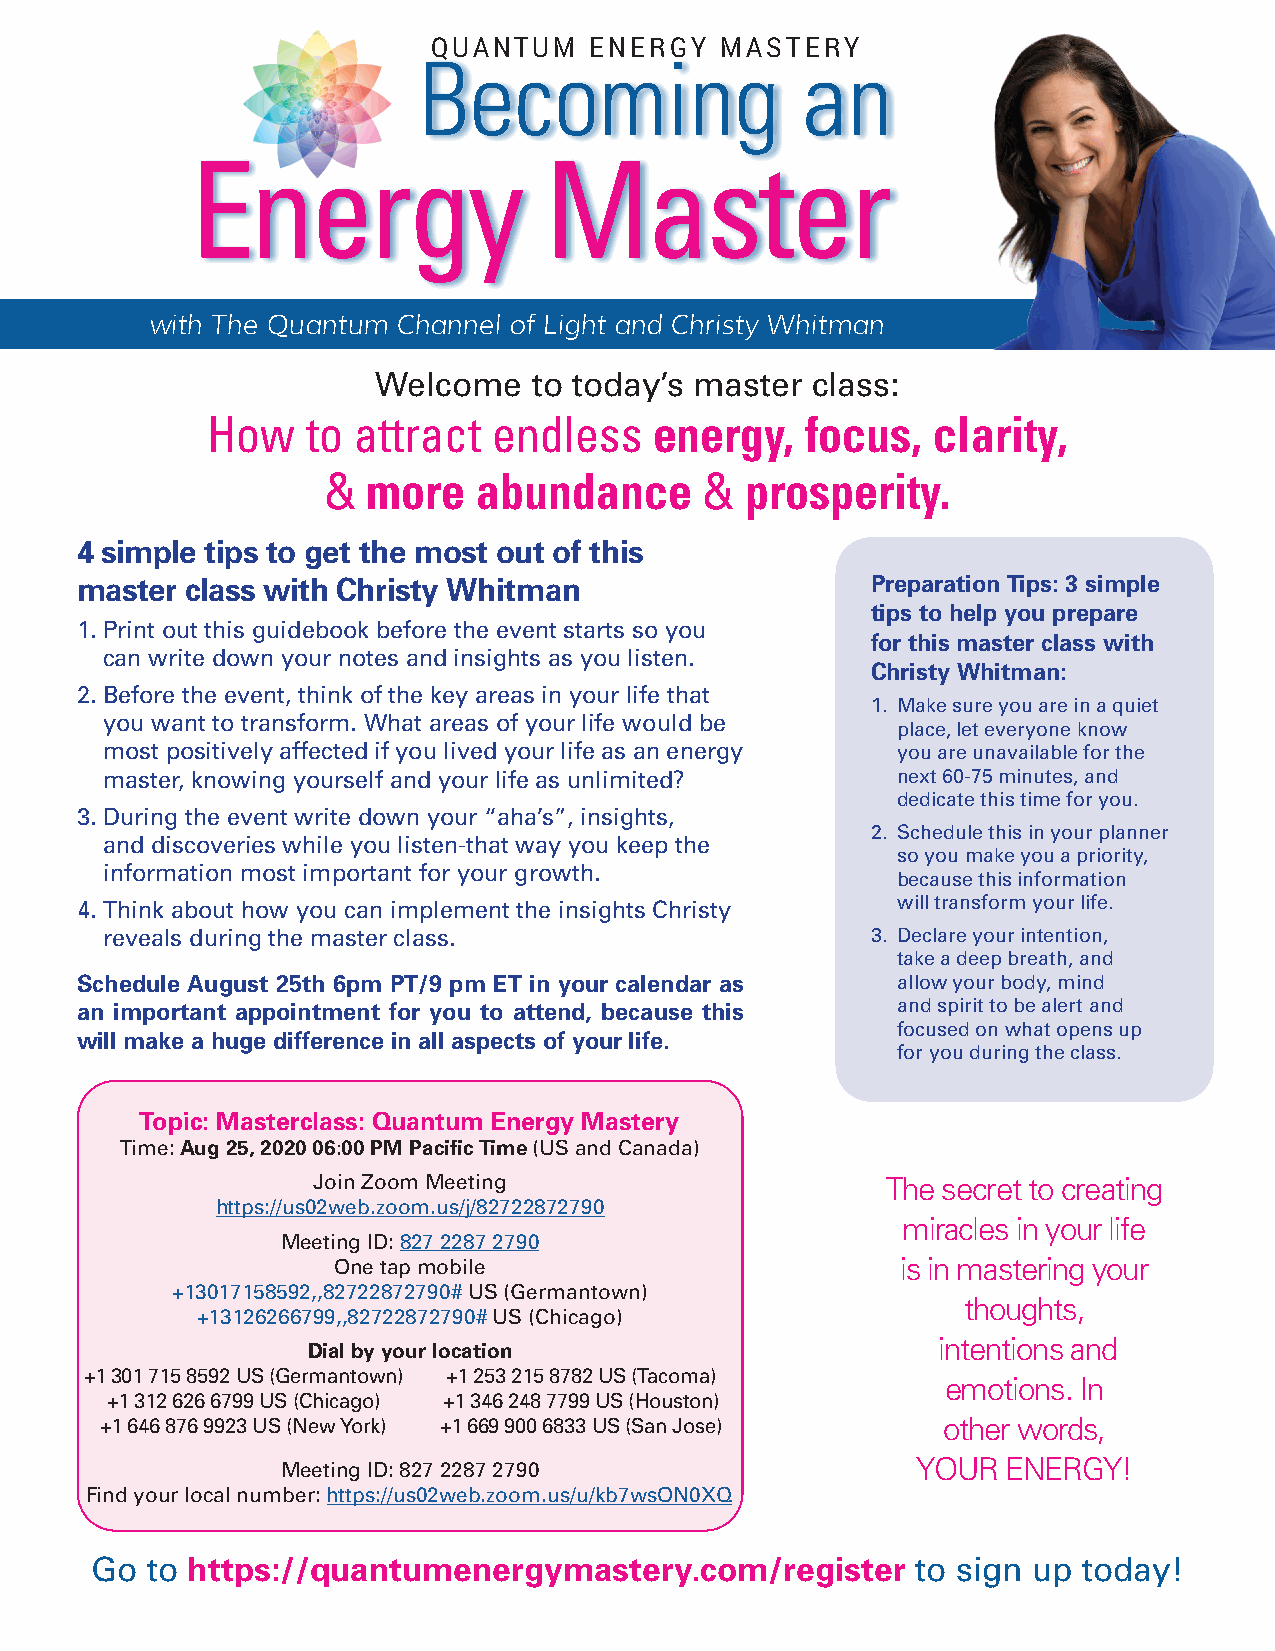
QUANTUM   ENERGY   MASTERY
 Becoming                 an
 Energy                 Master
 with The Quantum Channel of Light and Christy Whitman
 Welcome   to today’s master  class:
 How   to attract   endless   energy,   focus,   clarity,
 &  more   abundance       & prosperity.
 4 simple tips to get the most out of this
 master class with Christy Whitman                    Preparation Tips: 3 simple
 tips to help you prepare
 1. Print out this guidebook before the event starts so you
 for this master class with
 can write down your notes and insights as you listen.
 Christy Whitman:
 2. Before the event, think of the key areas in your life that
 1. Make sure you are in a quiet
 you want to transform. What areas of your life would be
 place, let everyone know
 most positively affected if you lived your life as an energy you are unavailable for the
 master, knowing yourself and your life as unlimited? next 60-75 minutes, and
 dedicate this time for you.
 3. During the event write down your “aha’s”, insights,
 2. Schedule this in your planner
 and discoveries while you listen-that way you keep the
 so you make you a priority,
 information most important for your growth.
 because this information
 4. Think about how you can implement the insights Christy will transform your life.
 reveals during the master class.                   3. Declare your intention,
 take a deep breath, and
 Schedule August 25th 6pm PT/9 pm ET in your calendar as allow your body, mind
 an important appointment for you to attend, because this and spirit to be alert and
 focused on what opens up
 will make a huge difference in all aspects of your life.
 for you during the class.
 Topic: Masterclass: Quantum Energy Mastery
 Time: Aug 25, 2020 06:00 PM Pacific Time (US and Canada)
 Join Zoom Meeting                     The secret to creating
 https://us02web.zoom.us/j/82722872790
 miracles in your life
 Meeting ID: 827 2287 2790
 One tap mobile                        is in mastering your
 +13017158592,,82722872790# US (Germantown)
 thoughts,
 +13126266799,,82722872790# US (Chicago)
 intentions and
 Dial by your location
 +1 301 715 8592 US (Germantown) +1 253 215 8782 US (Tacoma)
 emotions. In
 +1 312 626 6799 US (Chicago) +1 346 248 7799 US (Houston)
 +1 646 876 9923 US (New York) +1 669 900 6833 US (San Jose) other words,
 Meeting ID: 827 2287 2790                 YOUR  ENERGY!
 Find your local number: https://us02web.zoom.us/u/kb7wsON0XQ
 Go  to https://quantumenergymastery.com/register       to sign up today!